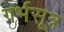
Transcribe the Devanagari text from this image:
गर्भसूत्र